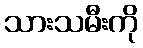
သားသမီးကို